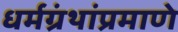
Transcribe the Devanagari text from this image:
धर्मग्रंथांप्रमाणे